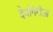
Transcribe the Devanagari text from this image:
देवगिरीला